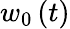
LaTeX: w_{0}\left(t\right)